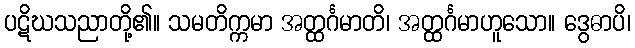
ပဋိဃသညာတို့၏။ သမတိက္ကမာ အတ္ထင်္ဂမာတိ၊ အတ္ထင်္ဂမာဟူသော။ ဒွေဓာပိ၊